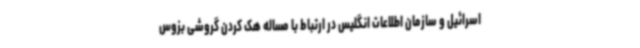
اسرائیل و سازمان اطلاعات انگلیس در ارتباط با مساله هک کردن گروشی بزوس